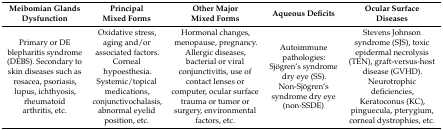
| Meibomian Glands Dysfunction | Principal Mixed Forms | Other Major Mixed Forms | Aqueous Deficits | Ocular Surface Diseases |
 | --- | --- | --- | --- | --- |
 | Primary or DE blepharitis syndrome (DEBS). Secondary to skin diseases such as rosacea, psoriasis, lupus, ichthyosis, rheumatoid arthritis, etc. | Oxidative stress, aging and/or associated factors. Corneal hypoesthesia. Systemic/topical medications, conjunctivochalasis, abnormal eyelid position, etc. | Hormonal changes, menopause, pregnancy. Allergic diseases, bacterial or viral conjunctivitis, use of contact lenses or computer, ocular surface trauma or tumor or surgery, environmental factors, etc. | Autoimmune pathologies: Sjögren’s syndrome dry eye (SS). Non-Sjögren’s syndrome dry eye (non-SSDE) | Stevens Johnson syndrome (SJS), toxic epidermal necrolysis (TEN), graft-versus-host disease (GVHD). Neurotrophic deficiencies, Keratoconus (KC), pinguecula, pterygium, corneal dystrophies, etc. |